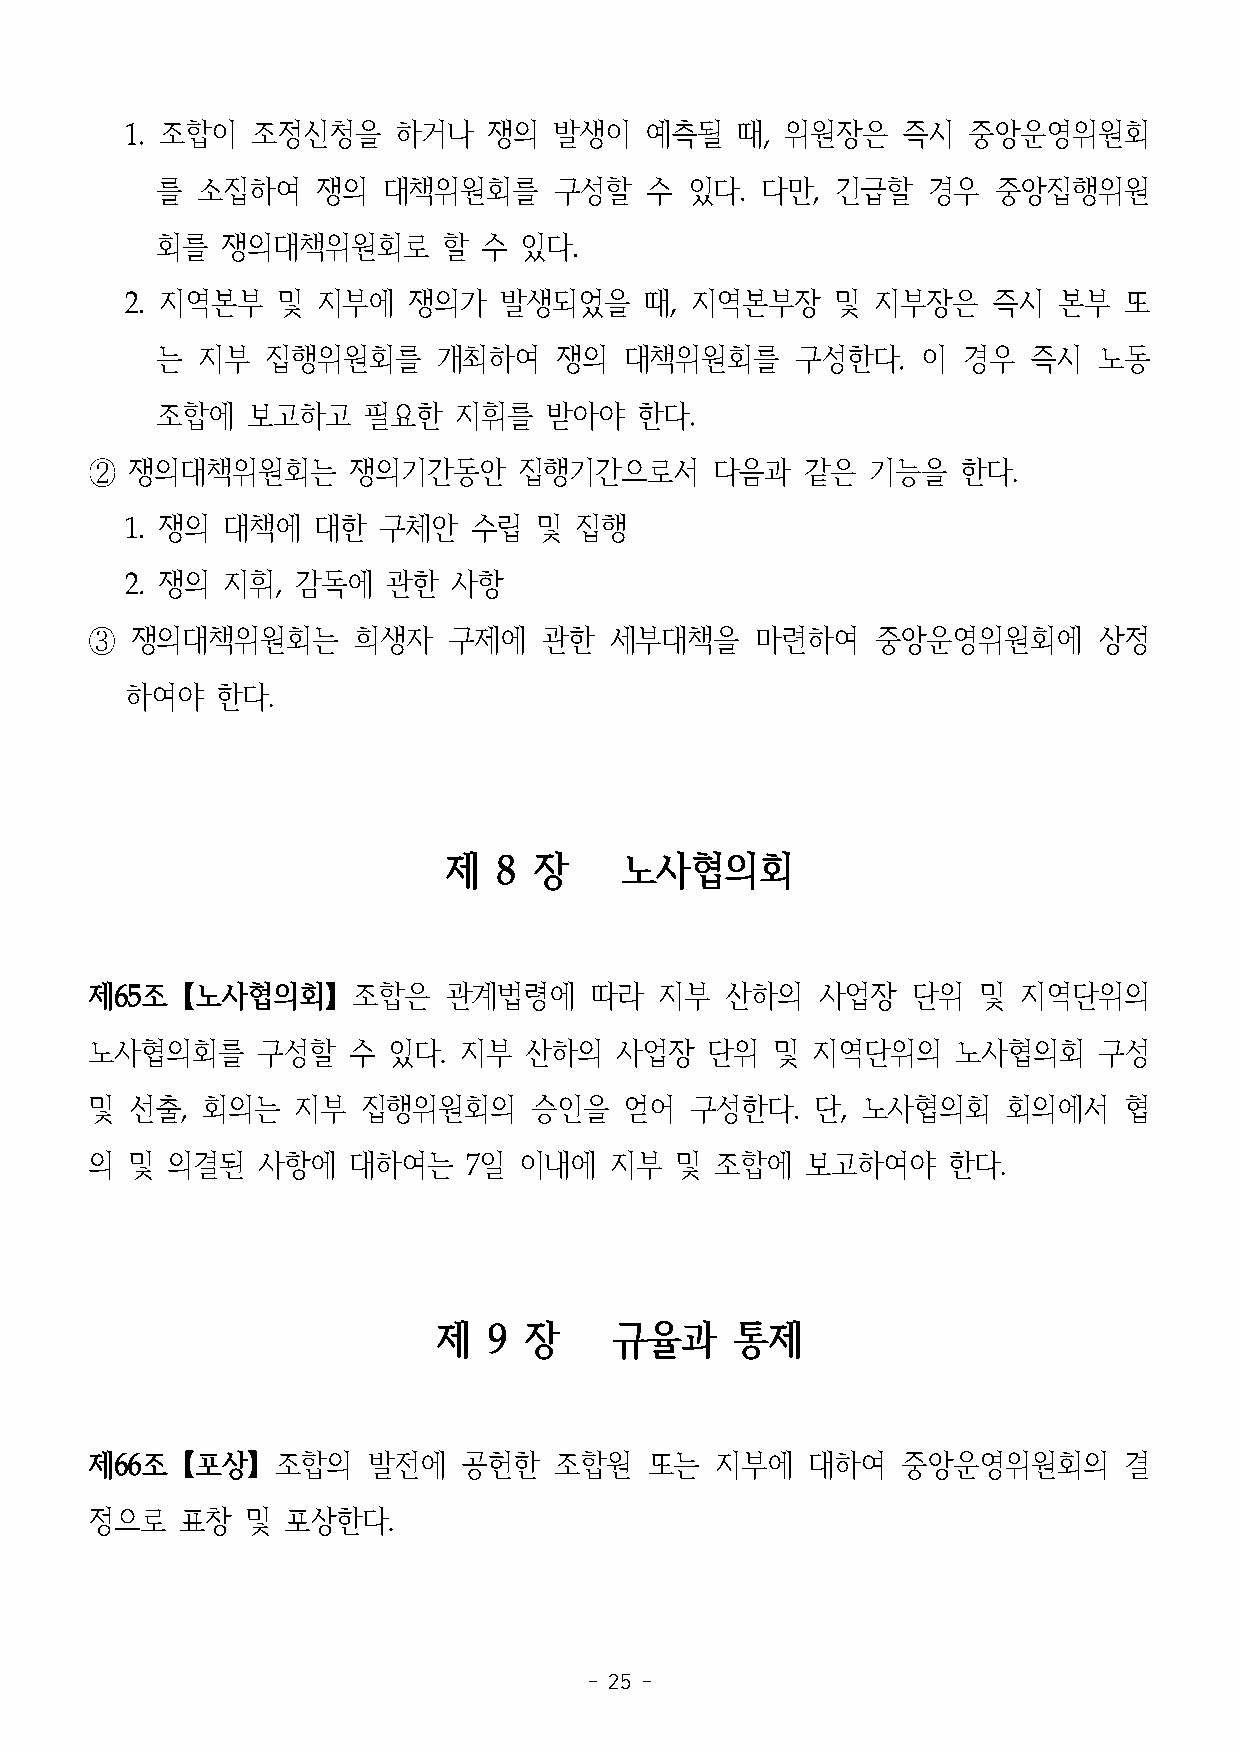
1. 조합이   조정신청을    하거나   쟁의   발생이   예측될   때, 위원장은    즉시  중앙운영위원회
 를  소집하여    쟁의  대책위원회를      구성할   수  있다. 다만,  긴급할   경우   중앙집행위원
 회를   쟁의대책위원회로      할  수 있다.
 2. 지역본부   및  지부에   쟁의가   발생되었을     때, 지역본부장    및  지부장은    즉시  본부  또
 는  지부   집행위원회를     개최하여    쟁의  대책위원회를      구성한다.   이  경우  즉시   노동
 조합에   보고하고    필요한   지휘를   받아야   한다.
 ②  쟁의대책위원회는      쟁의기간동안     집행기간으로서      다음과   같은   기능을   한다.
 1. 쟁의  대책에   대한  구체안   수립  및  집행
 2. 쟁의  지휘,  감독에   관한  사항
 ③  쟁의대책위원회는      희생자    구제에   관한  세부대책을     마련하여    중앙운영위원회에       상정
 하여야   한다.
 제   8 장     노사협의회
 제65조【노사협의회】조합은         관계법령에     따라   지부  산하의   사업장   단위   및  지역단위의
 노사협의회를     구성할   수  있다. 지부   산하의   사업장   단위  및  지역단위의    노사협의회     구성
 및  선출, 회의는   지부   집행위원회의     승인을   얻어   구성한다.   단, 노사협의회     회의에서   협
 의 및  의결된   사항에   대하여는    7일 이내에   지부   및 조합에   보고하여야     한다.
 제  9  장    규율과      통제
 제66조【포상】조합의       발전에    공헌한   조합원   또는  지부에   대하여    중앙운영위원회의      결
 정으로   표창  및  포상한다.
 - 25 -